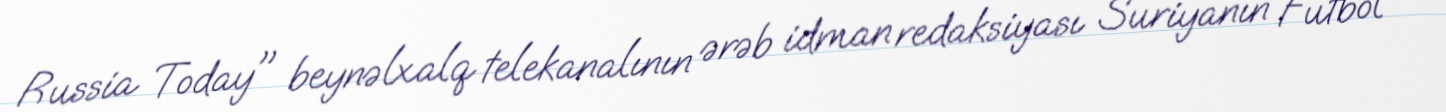
Russia Today" beynəlxalq telekanalının ərəb idman redaksiyası Suriyanın Futbol